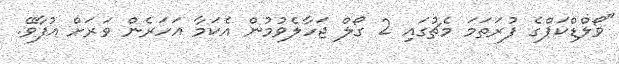
"ވޯލްޑްކަޕްގެ ފުރަތަމަ މެޗުގައި 2 ގޯލް ޖަހާލެވުމުން އެކަމާ އަހަރެން ވަރަށް އުފާވޭ.